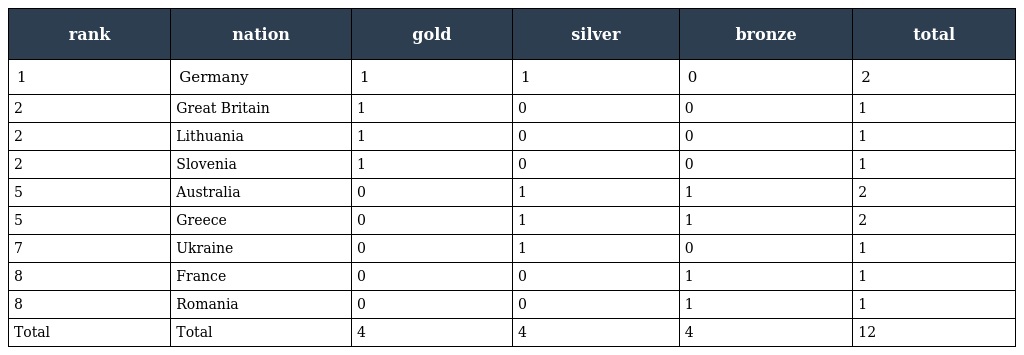
| rank | nation | gold | silver | bronze | total |
 | --- | --- | --- | --- | --- | --- |
 | 1 | Germany | 1 | 1 | 0 | 2 |
 | 2 | Great Britain | 1 | 0 | 0 | 1 |
 | 2 | Lithuania | 1 | 0 | 0 | 1 |
 | 2 | Slovenia | 1 | 0 | 0 | 1 |
 | 5 | Australia | 0 | 1 | 1 | 2 |
 | 5 | Greece | 0 | 1 | 1 | 2 |
 | 7 | Ukraine | 0 | 1 | 0 | 1 |
 | 8 | France | 0 | 0 | 1 | 1 |
 | 8 | Romania | 0 | 0 | 1 | 1 |
 | Total | Total | 4 | 4 | 4 | 12 |